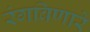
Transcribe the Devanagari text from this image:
रंगविणारे